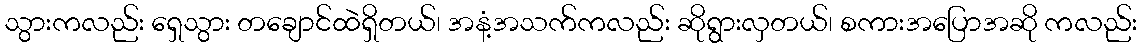
သွားကလည်း ရှေသွား တချောင်ထဲရှိတယ်၊ အနံ့အသက်ကလည်း ဆိုရွားလှတယ်၊ စကားအပြောအဆို ကလည်း